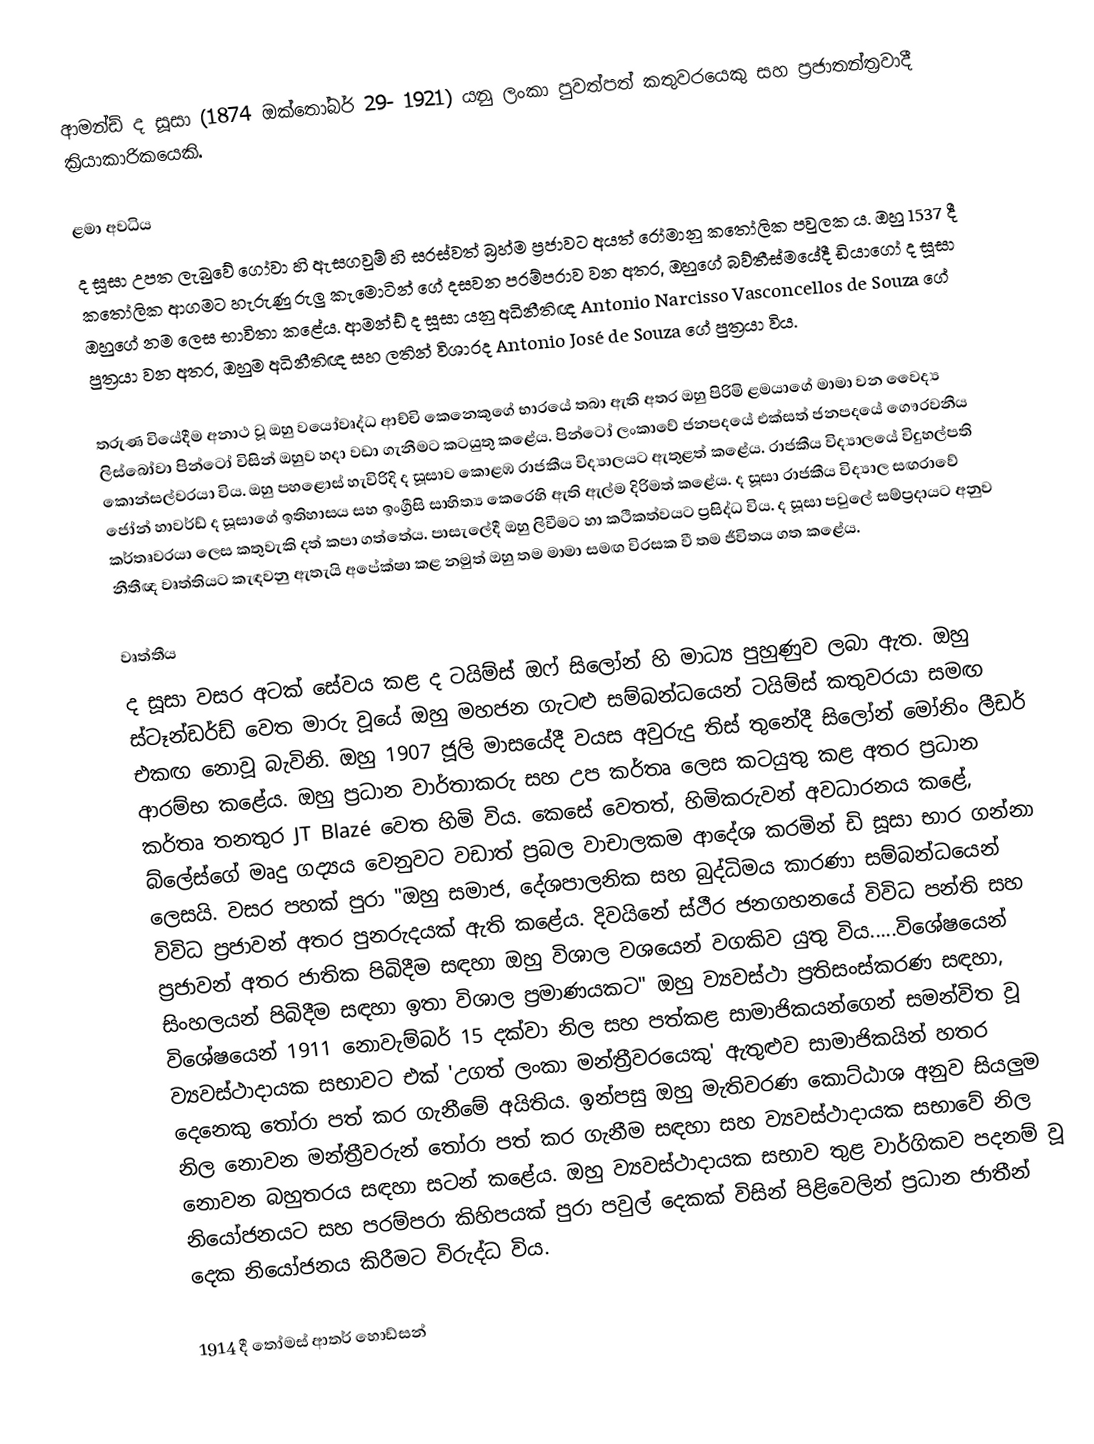
ආමන්ඩ් ද සූසා (1874 ඔක්තෝබර් 29- 1921) යනු ලංකා පුවත්පත් කතුවරයෙකු සහ ප්‍රජාතන්ත්‍රවාදී ක්‍රියාකාරිකයෙකි.

ළමා අවධිය
ද සූසා උපත ලැබුවේ ගෝවා හි ඇසගවුම් හි සරස්වත් බ්‍රහ්ම ප්‍රජාවට අයත් රෝමානු කතෝලික පවුලක ය. ඔහු 1537 දී කතෝලික ආගමට හැරුණු රුලු කැමොටින් ගේ දසවන පරම්පරාව වන අතර, ඔහුගේ බව්තීස්මයේදී ඩියාගෝ ද සූසා ඔහුගේ නම ලෙස භාවිතා කළේය. ආමන්ඩ් ද සූසා යනු අධිනීතිඥ Antonio Narcisso Vasconcellos de Souza ගේ පුත්‍රයා වන අතර, ඔහුම අධිනීතිඥ සහ ලතින් විශාරද Antonio José de Souza ගේ පුත්‍රයා විය.

තරුණ වියේදීම අනාථ වූ ඔහු වයෝවෘද්ධ ආච්චි කෙනෙකුගේ භාරයේ තබා ඇති අතර ඔහු පිරිමි ළමයාගේ මාමා වන වෛද්‍ය ලිස්බෝවා පින්ටෝ විසින් ඔහුව හදා වඩා ගැනීමට කටයුතු කළේය.  පින්ටෝ ලංකාවේ ජනපදයේ එක්සත් ජනපදයේ ගෞරවනීය කොන්සල්වරයා විය.  ඔහු පහළොස් හැවිරිදි ද සූසාව කොළඹ රාජකීය විද්‍යාලයට ඇතුළත් කළේය. රාජකීය විද්‍යාලයේ විදුහල්පති ජෝන් හාවර්ඩ් ද සූසාගේ ඉතිහාසය සහ ඉංග්‍රීසි සාහිත්‍ය කෙරෙහි ඇති ඇල්ම දිරිමත් කළේය. ද සූසා රාජකීය විද්‍යාල සඟරාවේ කර්තෘවරයා ලෙස කතුවැකි දත් කපා ගත්තේය. පාසැලේදී ඔහු ලිවීමට හා කථිකත්වයට ප්‍රසිද්ධ විය.  ද සූසා පවුලේ සම්ප්‍රදායට අනුව නීතීඥ වෘත්තියට කැඳවනු ඇතැයි අපේක්ෂා කළ නමුත් ඔහු තම මාමා සමඟ විරසක වී තම ජීවිතය ගත කළේය.

වෘත්තීය
ද සූසා වසර අටක් සේවය කළ ද ටයිම්ස් ඔෆ් සිලෝන් හි මාධ්‍ය පුහුණුව ලබා ඇත. ඔහු ස්ටෑන්ඩර්ඩ් වෙත මාරු වූයේ ඔහු මහජන ගැටළු සම්බන්ධයෙන් ටයිම්ස් කතුවරයා සමඟ එකඟ නොවූ බැවිනි. ඔහු 1907 ජූලි මාසයේදී වයස අවුරුදු තිස් තුනේදී සිලෝන් මෝනිං ලීඩර් ආරම්භ කළේය. ඔහු ප්‍රධාන වාර්තාකරු සහ උප කර්තෘ ලෙස කටයුතු කළ අතර ප්‍රධාන කර්තෘ තනතුර JT Blazé වෙත හිමි විය. කෙසේ වෙතත්, හිමිකරුවන් අවධාරනය කළේ, බ්ලේස්ගේ මෘදු ගද්‍යය වෙනුවට වඩාත් ප්‍රබල වාචාලකම ආදේශ කරමින් ඩි සූසා භාර ගන්නා ලෙසයි.  වසර පහක් පුරා "ඔහු සමාජ, දේශපාලනික සහ බුද්ධිමය කාරණා සම්බන්ධයෙන් විවිධ ප්‍රජාවන් අතර පුනරුදයක් ඇති කළේය. දිවයිනේ ස්ථීර ජනගහනයේ විවිධ පන්ති සහ ප්‍රජාවන් අතර ජාතික පිබිදීම සඳහා ඔහු විශාල වශයෙන් වගකිව යුතු විය.....විශේෂයෙන් සිංහලයන් පිබිදීම සඳහා ඉතා විශාල ප්‍රමාණයකට"  ඔහු ව්‍යවස්ථා ප්‍රතිසංස්කරණ සඳහා, විශේෂයෙන් 1911 නොවැම්බර් 15 දක්වා නිල සහ පත්කළ සාමාජිකයන්ගෙන් සමන්විත වූ ව්‍යවස්ථාදායක සභාවට එක් 'උගත් ලංකා මන්ත්‍රීවරයෙකු' ඇතුළුව සාමාජිකයින් හතර දෙනෙකු තෝරා පත් කර ගැනීමේ අයිතිය. ඉන්පසු ඔහු මැතිවරණ කොට්ඨාශ අනුව සියලුම නිල නොවන මන්ත්‍රීවරුන් තෝරා පත් කර ගැනීම සඳහා සහ ව්‍යවස්ථාදායක සභාවේ නිල නොවන බහුතරය සඳහා සටන් කළේය.   ඔහු ව්‍යවස්ථාදායක සභාව තුළ වාර්ගිකව පදනම් වූ නියෝජනයට සහ පරම්පරා කිහිපයක් පුරා පවුල් දෙකක් විසින් පිළිවෙලින් ප්‍රධාන ජාතීන් දෙක නියෝජනය කිරීමට විරුද්ධ විය.

1914 දී තෝමස් ආතර් හොඩ්සන්